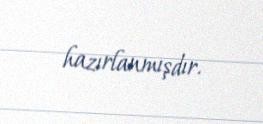
hazırlanmışdır.